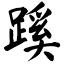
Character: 蹊